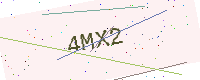
Text: 4MX2